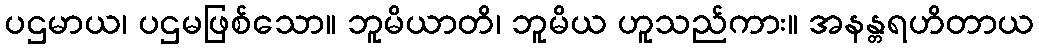
ပဌမာယ၊ ပဌမဖြစ်သော။ ဘူမိယာတိ၊ ဘူမိယ ဟူသည်ကား။ အနန္တရဟိတာယ